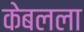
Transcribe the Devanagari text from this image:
केबलला